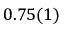
0 . 7 5 ( 1 )